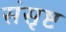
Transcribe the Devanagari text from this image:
संसृष्ट